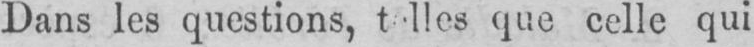
que celle qui